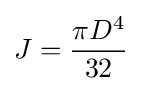
J={\frac {\pi D^{4}}{32}}